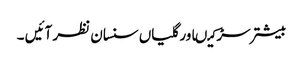
بیشتر سڑکیںاور گلیاں سنسان نظر آئیں ۔